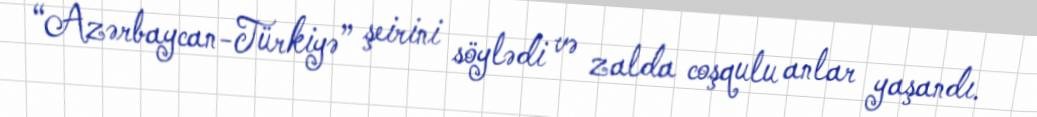
“Azərbaycan-Türkiyə” şeirini söylədi və zalda coşqulu anlar yaşandı.